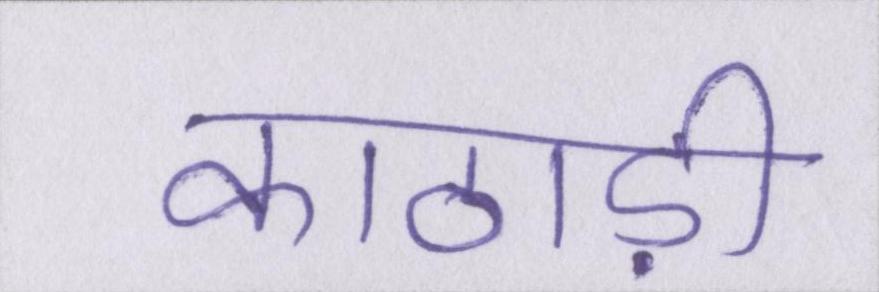
काठाड़ी